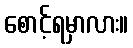
စောင့်ရမှာလား။